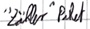
Text: "Zähler"Paket